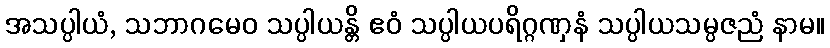
အသပ္ပါယံ, သဘာဂမေဝ သပ္ပါယန္တိ ဧဝံ သပ္ပါယပရိဂ္ဂဏှနံ သပ္ပါယသမ္ပဇညံ နာမ။